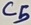
Text: C5